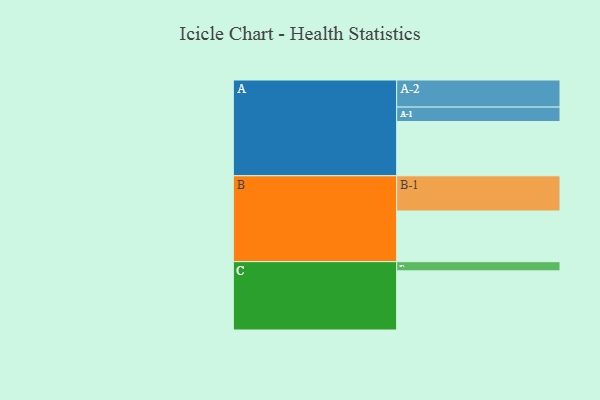
{"axis": {"x": "Segment", "y": "Value"}, "legend": ["", "A", "B", "C"], "data": [{"x": "A", "y": 449, "type": ""}, {"x": "B", "y": 419, "type": ""}, {"x": "C", "y": 489, "type": ""}, {"x": "A-1", "y": 119, "type": "A"}, {"x": "A-2", "y": 224, "type": "A"}, {"x": "B-1", "y": 291, "type": "B"}, {"x": "C-1", "y": 76, "type": "C"}]}